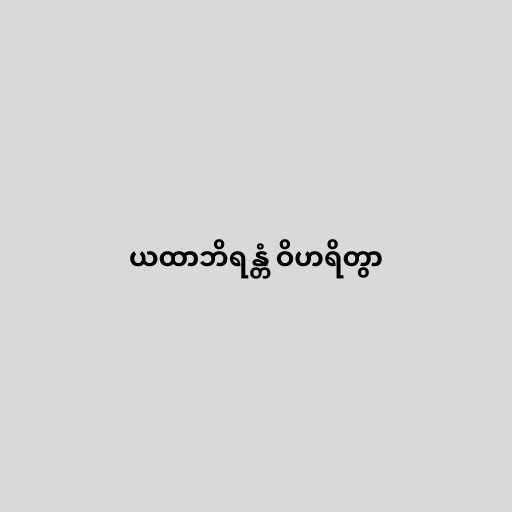
ယထာဘိရန္တံ ဝိဟရိတွာ